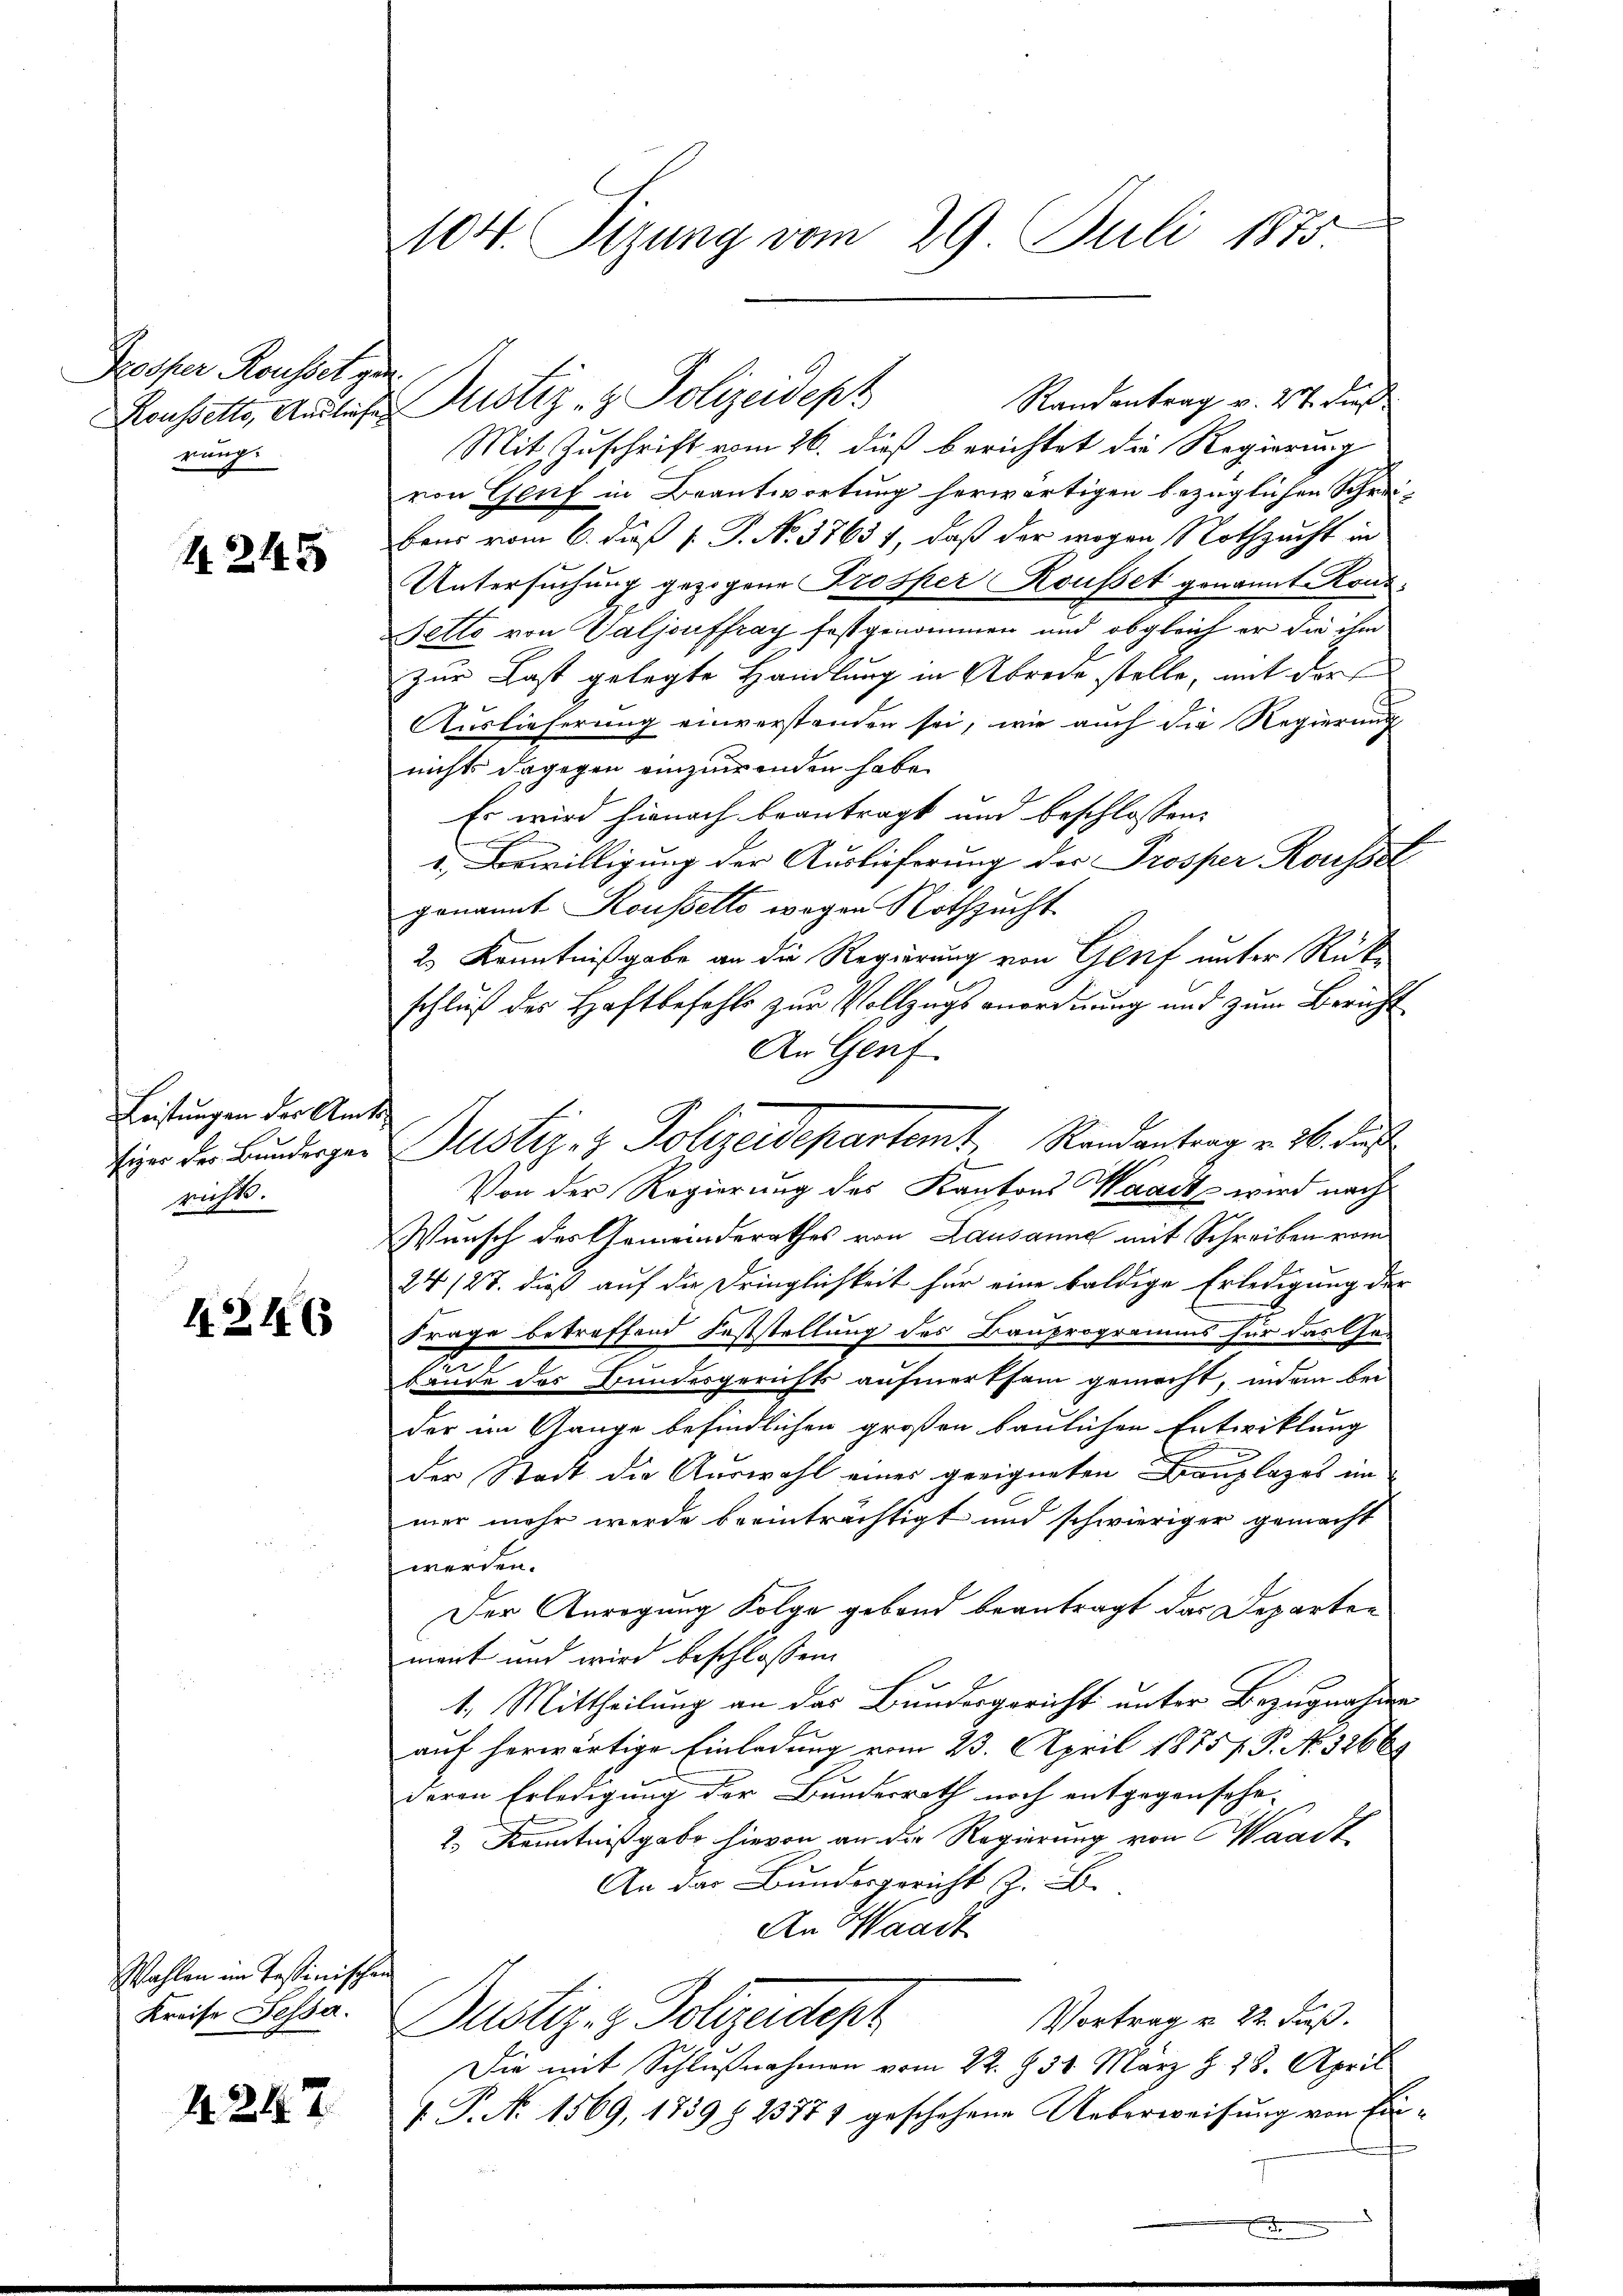
Kesser Rousset gen
rung.

4243

Leistungen der Amtsricht.

48166

Wahlen im Testinischen

4247

Randantrag v. 27. dieß
Mit Zuschrift vom 26. dieß berichtet die Regierung
von Genf in Beantwortung herwärtigen bezüglichen Schreibens vom 6. daß 1. J. No. 37634, daß der wegen Nothzucht in
Untersuchung gezogene Prosper Rousset genannt Kons.
Tetto von Valjonffrag festgenommen und obgleich er die ihm
zur Last gelegte Handlung in Abrede stelle, mit der
Auslieferung einverstanden sei, wie auch die Regierung
nicht dagegen einzuwenden habe.
Es wird hienach beantragt und beschlossen:
1. Bewilligung der Auslieferung der Prosper Rousset
genannt Roussetto wegen Nothzucht
2.) Kenntnißgabe an die Regierung von Genf unter Rückschluß des Haftbefehls zur Vollzugs anordnung und zum Bericht
An Genf.
Von der Regierung des Kantons Waadt wird nach
Wunsch des Gemeinderathes von Lausanne mit Schreiben vom
24/27. dieß auf die Dringlichkeit für eine baldige Erledigung der
Frage betreffend Feststellung des Bauprogramms für das Gee
n
bäude des Bundesgerichts aufmerksam gemacht, indem bei
der im Gange befindlichen großen baulichen Entwicklung
der Stadt die Auswahl einer geeigneten Bauplages ein-
mer mehr werde beeinträchtigt und schwieriger gemacht
werden.
Der Anregung Folge gebond beantragt das Departen
ment und wird beschlossen.
1. Mittheilung an das Bundesgericht unter Bezugnahme
auf herwärtige Einladung vom 23. April 1875. P. No. 32665
deren Erledigung der Bundesrath noch entgegensche-
2.) Kenntnißgabe hievon an die Regierung von Waadt
An der Bundesgericht z. B.
An Waadt
Kreise Sesse. Dustiz- & Polizeidept
Vortrag u. 22 Fuß.
Die mit Schlŭβnahmen vom 22. 831. März Z. 28. April
V. P. Nr. 1569, 1739 § 23771 geschehene Ueberweisung von Ein¬

104. Tizung vom 29. Juli 1875

Konsette, Ausliefe Sistiz- & Polizeidept

fier der Bunderger Justiz- & Polizeidepartamt Randantrag v. 26. Fe